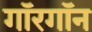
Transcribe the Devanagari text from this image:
गॉरगॉन